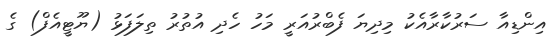
އިންޑިއާ ސަރުކާރާއެކު މިދިޔަ ފެބްރުއަރީ މަހު ހެދި އުތުުރު ތިލަފަޅު (ޔޫޓީއެފް) ގެ